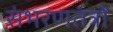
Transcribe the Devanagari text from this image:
संभरणतंत्रों